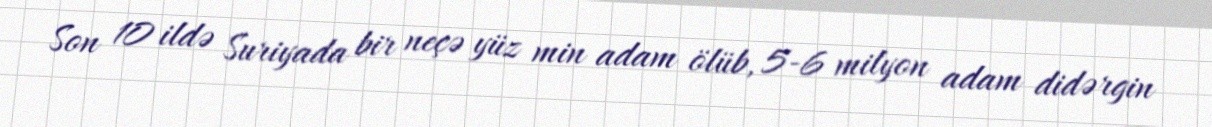
Son 10 ildə Suriyada bir neçə yüz min adam ölüb, 5-6 milyon adam didərgin